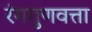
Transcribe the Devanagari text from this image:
रंगगुणवत्ता